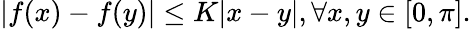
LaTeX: \begin{array}{r}{|f(x)-f(y)|\leq K|x-y|,\forall x,y\in[0,\pi].}\end{array}